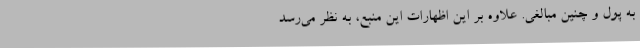
به پول و چنین مبالغی. علاوه بر این اظهارات این منبع، به نظر می‌رسد